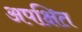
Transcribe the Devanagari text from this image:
अपक्षित